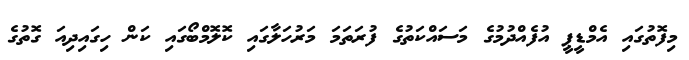
މިފޮތުގައި އެމްޑީޕީ އުފެއްދުމުގެ މަސައްކަތުގެ ފުރަތަމަ މަރުހަލާގައި ކޮލޮމްބޯގައި ކަން ހިގައިދިއަ ގޮތުގެ